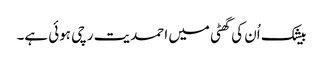
بیشک اُن کی گھٹی میں احمدیت رچی ہوئی ہے۔